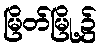
မြိတ်မြို့၌